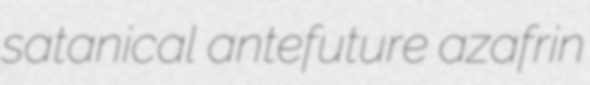
satanical antefuture azafrin